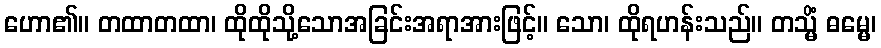
ဟော၏။ တထာတထာ၊ ထိုထိုသို့သောအခြင်းအရာအားဖြင့်။ သော၊ ထိုရဟန်းသည်။ တသ္မိံ ဓမ္မေ၊